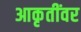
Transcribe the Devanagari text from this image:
आकृतींवर